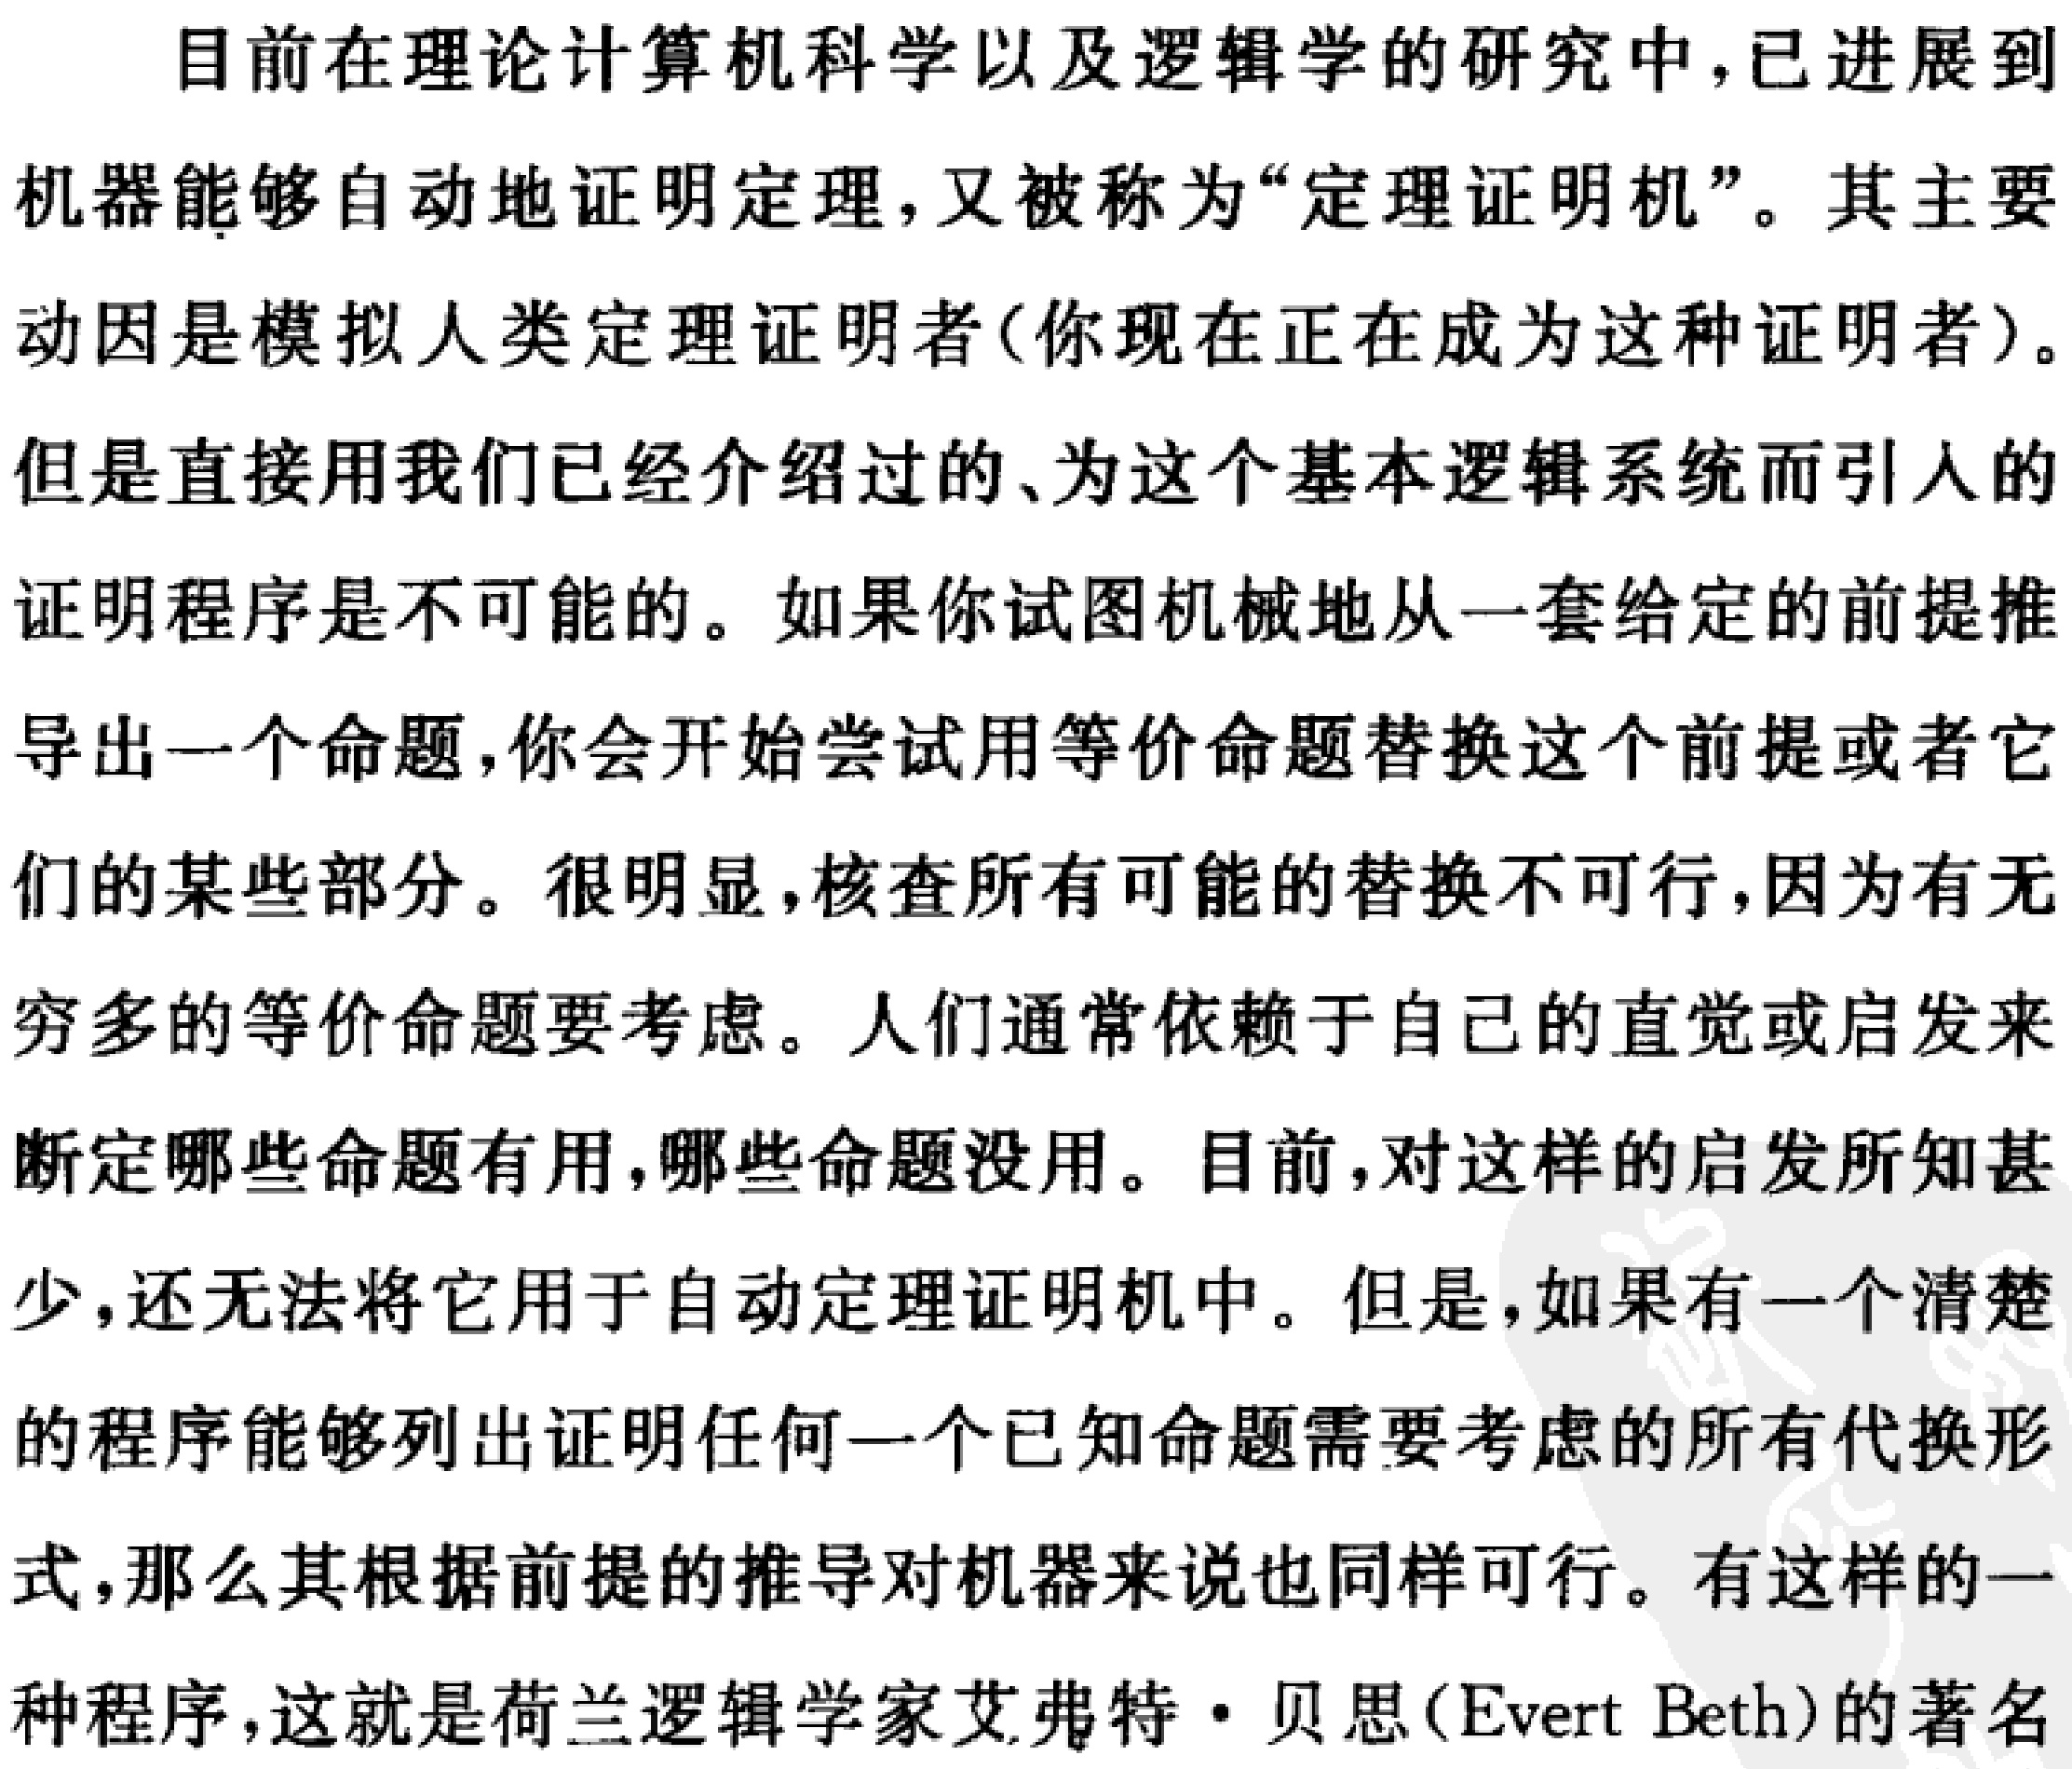
目前在理论计算机科学以及逻辑学的研究中，已进展到
机器能够自动地证明定理，又被称为“定理证明机”。其主要
动因是模拟人类定理证明者(你现在正在成为这种证明者)。
但是直接用我们已经介绍过的、为这个基本逻辑系统而引人的
证明程序是不可能的。如果你试图机械地从一套给定的前提推
导出一个命题，你会开始尝试用等价命题替换这个前提或者它
们的某些部分。很明显，核查所有可能的替换不可行，因为有无
穷多的等价命题要考虑。人们通常依赖于自己的直觉或启发来
断定哪些命题有用，哪些命题没用。目前，对这样的启发所知甚
少，还无法将它用于自动定理证明机中。但是，如果有一个清楚
的程序能够列出证明任何一个已知命题需要考虑的所有代换形
式，那么其根据前提的推导对机器来说也同样可行。有这样的一
种程序，这就是荷兰逻辑学家艾弗特·贝思(Evert Beth)的著名